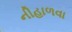
નીહાળવા